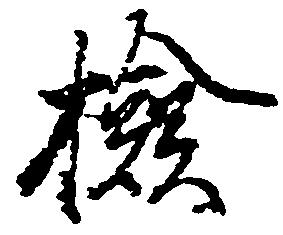
検